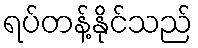
ရပ်တန့်နိုင်သည်